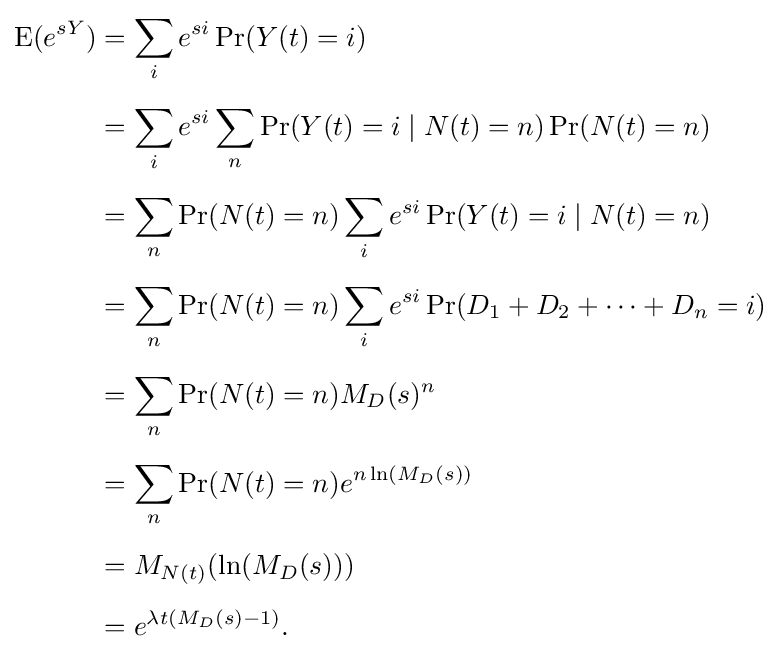
{\begin{aligned}\operatorname {E} (e^{sY})&=\sum _{i}e^{si}\Pr(Y(t)=i)\\[5pt]&=\sum _{i}e^{si}\sum _{n}\Pr(Y(t)=i\mid N(t)=n)\Pr(N(t)=n)\\[5pt]&=\sum _{n}\Pr(N(t)=n)\sum _{i}e^{si}\Pr(Y(t)=i\mid N(t)=n)\\[5pt]&=\sum _{n}\Pr(N(t)=n)\sum _{i}e^{si}\Pr(D_{1}+D_{2}+\cdots +D_{n}=i)\\[5pt]&=\sum _{n}\Pr(N(t)=n)M_{D}(s)^{n}\\[5pt]&=\sum _{n}\Pr(N(t)=n)e^{n\ln(M_{D}(s))}\\[5pt]&=M_{N(t)}(\ln(M_{D}(s)))\\[5pt]&=e^{\lambda t\left(M_{D}(s)-1\right)}.\end{aligned}}